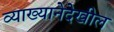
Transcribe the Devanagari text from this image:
व्याख्यानेदेखील